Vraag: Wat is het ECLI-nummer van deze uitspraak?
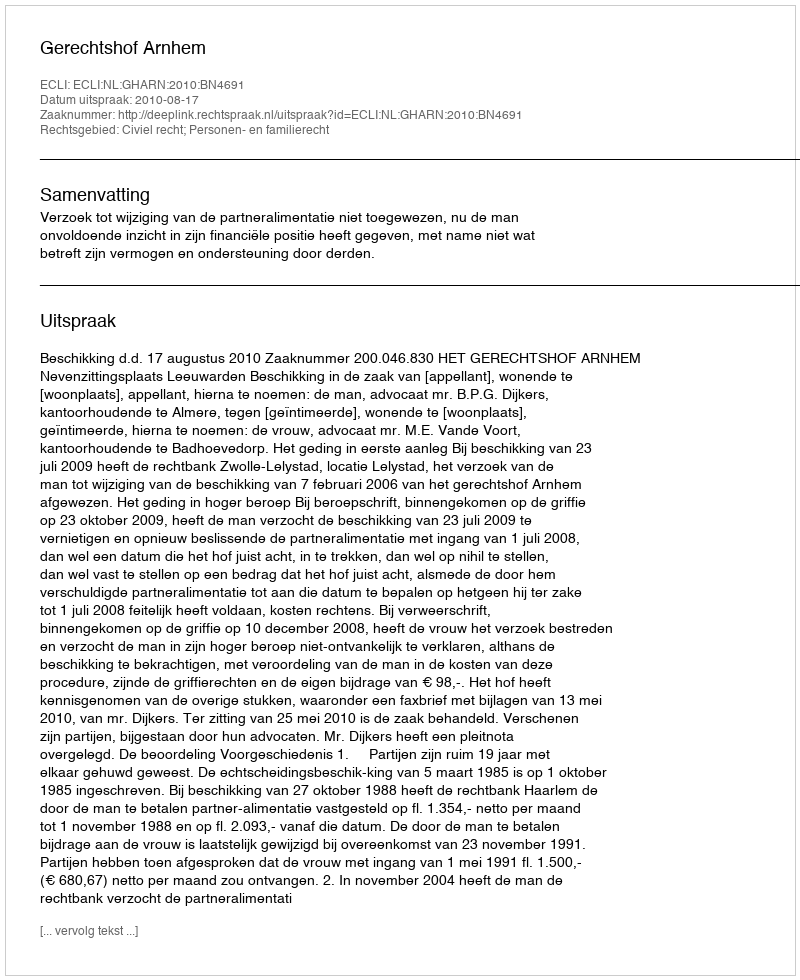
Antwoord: ECLI:NL:GHARN:2010:BN4691